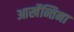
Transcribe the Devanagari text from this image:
आर्खेन्तिना